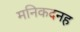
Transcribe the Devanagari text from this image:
मनिकदनह